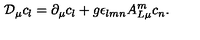
{ \cal D } _ { \mu } c _ { l } = \partial _ { \mu } c _ { l } + g \epsilon _ { l m n } A _ { L \mu } ^ { m } c _ { n } .